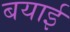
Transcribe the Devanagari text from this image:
बयाई